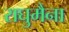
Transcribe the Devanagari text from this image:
राघुमैना